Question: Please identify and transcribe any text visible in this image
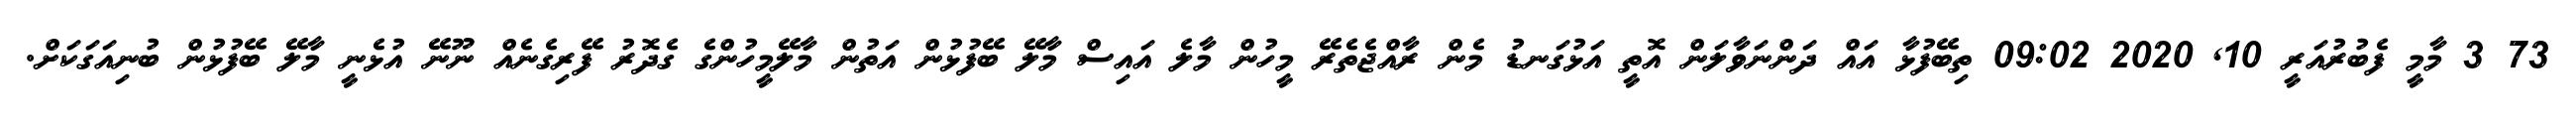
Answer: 73 3 މާމީ ފެބުރުއަރީ 10, 2020 09:02 ތިބޭފުޅާ އައް ދަންނަވާލަން އޮތީ އަޅުގަނޑު މެން ރާއްޖެތެރޭ މީހުން މާލެ އައިސް މާލޭ ބޭފުޅުން އަތުން މާލޭމީހުންގެ ގެދޮރު ފޭރިގެނެއް ނޫނޭ އުޅެނީ މާލޭ ބޭފުޅުން ބުނިއަގަކަށް.